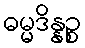
ဓမ္မဒိန္နဉ္စ